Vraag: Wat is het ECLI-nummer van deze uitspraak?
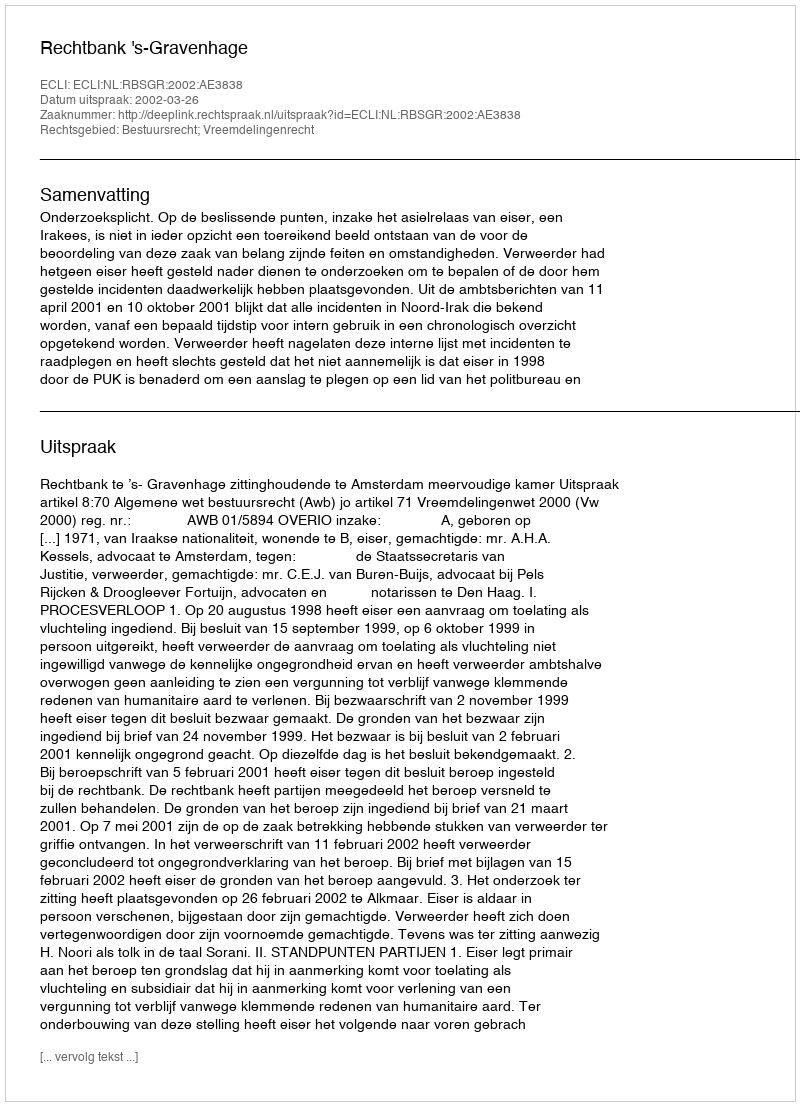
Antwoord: ECLI:NL:RBSGR:2002:AE3838